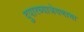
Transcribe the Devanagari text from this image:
दुपारच्याजेवणाचा